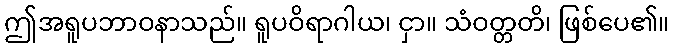
ဤအရူပဘာဝနာသည်။ ရူပဝိရာဂါယ၊ ငှာ။ သံဝတ္တတိ၊ ဖြစ်ပေ၏။